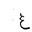
Letter: _gayn